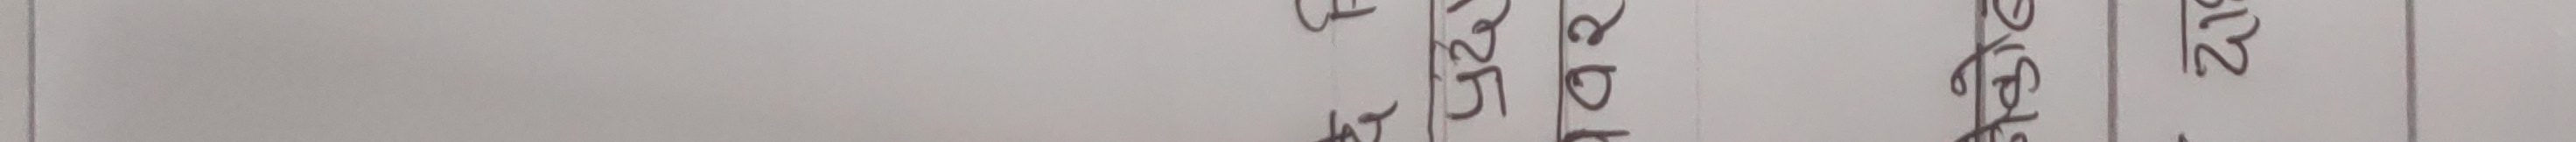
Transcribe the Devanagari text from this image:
चालु लेभल ले 2600 जत